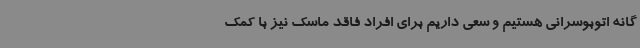
گانه اتوبوسرانی هستیم و سعی داریم برای افراد فاقد ماسک نیز با کمک